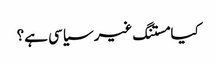
کیا مستنگ غیر سیاسی ہے؟